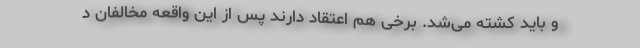
و باید کشته می‌شد. برخی هم اعتقاد دارند پس از این واقعه مخالفان د